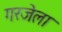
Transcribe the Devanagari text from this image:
गरजेला